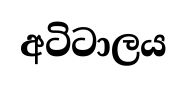
අටිටාලය